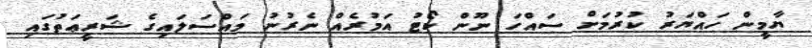
ޔާމީން ހައްޔަރު ކުރުމަށް ސައްހަ ނޫން ކޯޓު އަމުރެއް ނެރުނު މައްސަލައިގެ ޝަރީޢަތުގައި